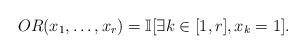
LaTeX: \begin{align*}OR(x_1,\ldots, x_r) = \Bbb I[\exists k \in [1,r], x_k=1 ].\end{align*}